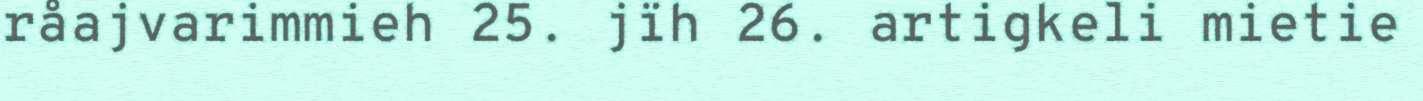
råajvarimmieh 25. jïh 26. artigkeli mietie